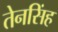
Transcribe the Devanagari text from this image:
तेनसिंह